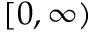
[ 0 , \infty )